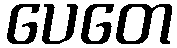
ပေတေ